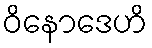
ဝိနောဒေဟိ